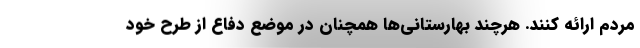
مردم ارائه کنند. هرچند بهارستانی‌ها همچنان در موضع دفاع از طرح خود